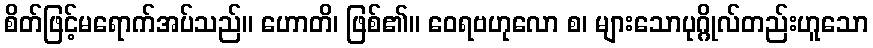
စိတ်ဖြင့်မရောက်အပ်သည်။ ဟောတိ၊ ဖြစ်၏။ ဝေရဗဟုလော စ၊ များသောပုဂ္ဂိုလ်တည်းဟူသော